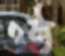
ওষ্ঠ